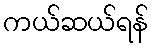
ကယ်ဆယ်ရန်